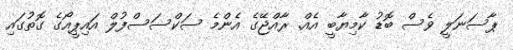
ޕާސަނަލީ ވެސް ބޮޑު ކާމިޔާބީ އެއް. ރާއްޖޭގެ އެންމެ ސަކްސަސްފުލް އައިޕީއޯގެ ގޮތުގައި